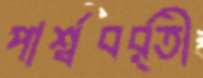
পার্শ্ববর্র্তী